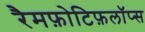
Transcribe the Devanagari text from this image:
रैमफ़ोटिफ़लॉप्स